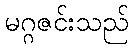
မဂ္ဂဇင်းသည်